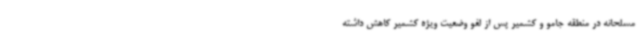
مسلحانه در منطقه جامو و کشمیر پس از لغو وضعیت ویژه کشمیر کاهش داشته